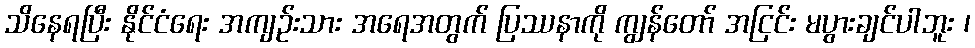
သိနေရပြီး နိုင်ငံရေး အကျဉ်းသား အရေအတွက် ပြဿနာကို ကျွန်တော် အငြင်း မပွားချင်ပါဘူး ၊